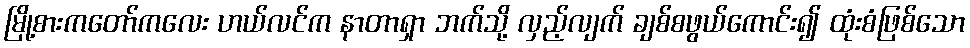
မြို့စားကတော်ကလေး ဟယ်လင်က နာတာရှာ ဘက်သို့ လှည့်လျက် ချစ်စဖွယ်ကောင်း၍ ထုံးစံဖြစ်သော